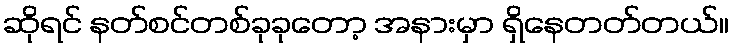
ဆိုရင် နတ်စင်တစ်ခုခုတော့ အနားမှာ ရှိနေတတ်တယ်။